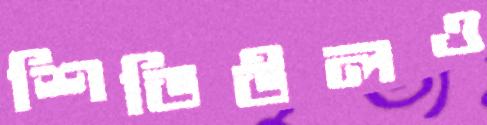
শিডিউলও